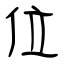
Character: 位